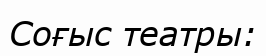
Соғыс театры: